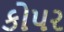
કોપર